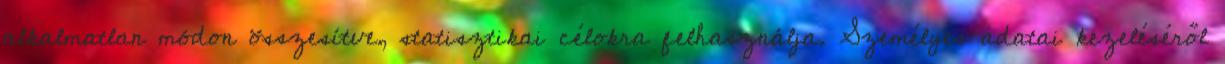
alkalmatlan módon összesítve, statisztikai célokra felhasználja. Személyes adatai kezeléséről